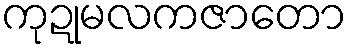
ကုဍုမလကဇာတော